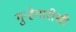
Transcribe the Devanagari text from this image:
गुन्हेगारीशी